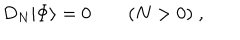
D _ { N } | \mathrm { \Phi } \rangle = 0 \qquad ( N > 0 ) \; ,